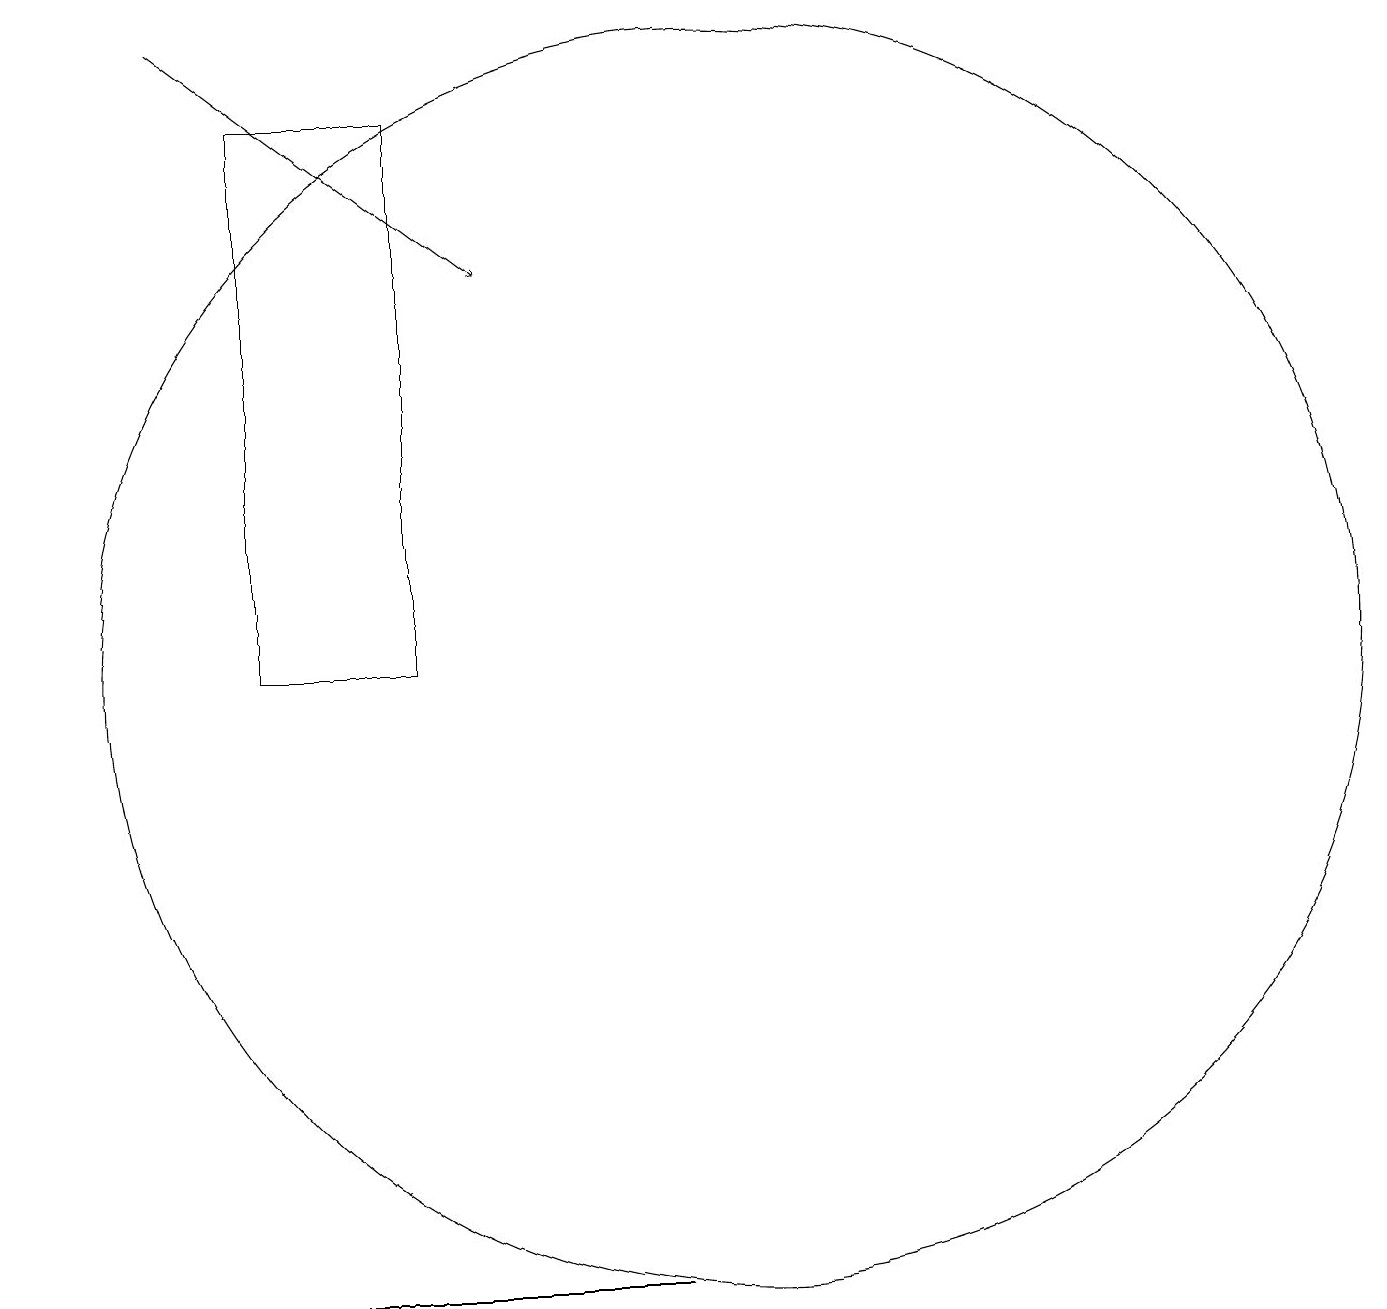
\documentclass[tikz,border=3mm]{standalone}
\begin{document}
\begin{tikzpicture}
\draw (4,3) -- (1,3) -- (9,3) -- cycle;
\draw (10,11) circle (8);
\draw[->] (3,19) -- (7,16);
\draw (6,11) rectangle (4,18);
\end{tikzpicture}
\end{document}